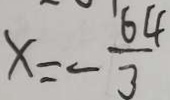
x = - \frac { 6 4 } { 3 }